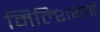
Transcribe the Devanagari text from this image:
मिल्शियाई